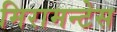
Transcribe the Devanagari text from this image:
मिरामन्टेस